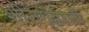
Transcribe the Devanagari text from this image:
शीतगृहाची